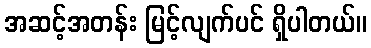
အဆင့်အတန်း မြင့်လျက်ပင် ရှိပါတယ်။